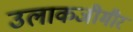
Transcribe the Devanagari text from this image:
उलाकजीमीर